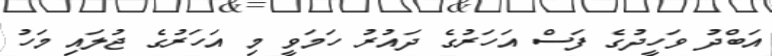
އަބްދު ވަހީދުގެ ފަސް އަހަރުގެ ދައުރު ހަމަވީ މި އަހަރުގެ ޖުލައި މަހު